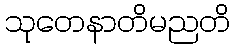
သုတေနာတိမညတိ